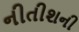
નીતીશની